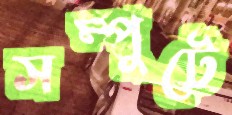
সম্পুটে